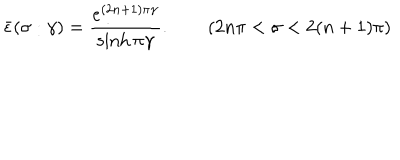
\bar { \epsilon } ( \sigma : \gamma ) = \frac { e ^ { ( 2 n + 1 ) \pi \gamma } } { \sinh \pi \gamma } . \qquad ( 2 n \pi < \sigma < 2 ( n + 1 ) \pi )